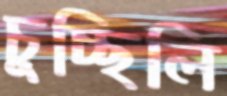
চুচ্ছিলি